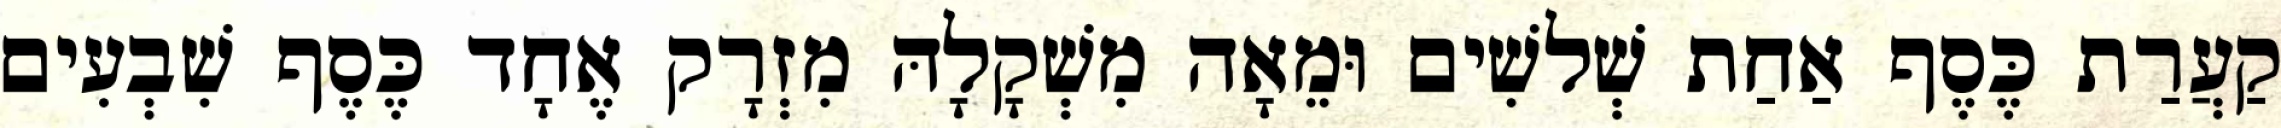
קַעֲרַת כֶּסֶף אַחַת שְׁלשִׁים וּמֵאָה מִשְׁקָלָהּ מִזְרָק אֶחָד כֶּסֶף שִׁבְעִים